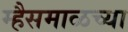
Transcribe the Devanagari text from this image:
म्हैसमाळच्या